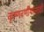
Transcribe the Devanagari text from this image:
कृष्णवर्णीयांसाठी